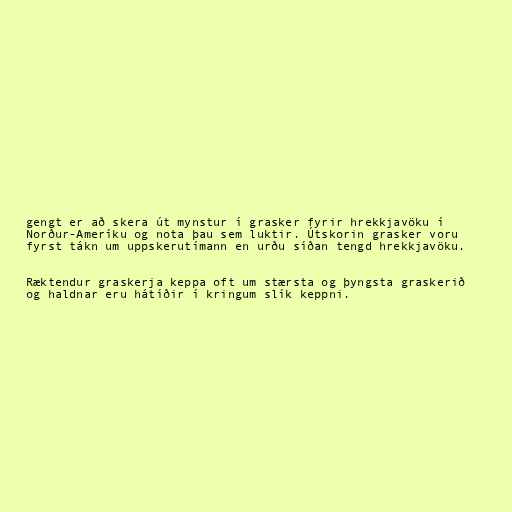
gengt er að skera út mynstur í grasker fyrir hrekkjavöku í
Norður-Ameríku og nota þau sem luktir. Útskorin grasker voru
fyrst tákn um uppskerutímann en urðu síðan tengd hrekkjavöku.

Ræktendur graskerja keppa oft um stærsta og þyngsta graskerið
og haldnar eru hátíðir í kringum slík keppni.